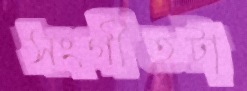
সংগীতটা